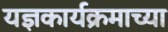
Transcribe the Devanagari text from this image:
यज्ञकार्यक्रमाच्या